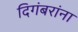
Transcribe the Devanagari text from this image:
दिगंबरांना